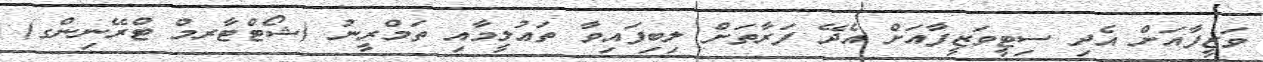
ވަޒީފާއަށް އެދި ސިޓީވަޒީފާއަށް އެދޭ ފަރާތަށް ލިބިފައިވާ ތަޢުލީމާއި ތަމްރީނު (ޝޯޓްޓާރމް ޓްރޭނިންގ)